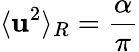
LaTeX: \langle{{\mathbf{u}}^{2}}\rangle_{R}=\frac{\alpha}{\pi}